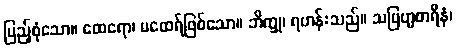
ပြည့်စုံသော။ ထေရော၊ မထေရ်ဖြစ်သော။ ဘိက္ခု၊ ရဟန်းသည်။ သဗြဟ္မစာရီနံ၊